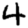
Digit: 4